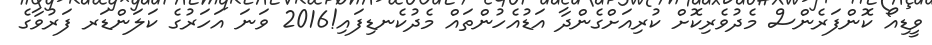
ވީޑިއޯ ކޮންފަރެންސް މެދުވެރިކޮށް ކުރިއަށްގެންދާ އަޑުއެހުންތައް މެދުކެނޑިފައި!2016 ވަނަ އަހަރުގެ ކަލަންޑަރ ފަރުވާގެ